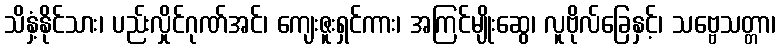
သိနှံ့နိုင်သား၊ ပည်းလှိုင်ဂုဏ်အင်၊ ကျေးဇူးရှင်ကား၊ အကြင်မျိုးဆွေ၊ လူဗိုလ်ခြေနှင့်၊ သဗ္ဗေသတ္တာ၊